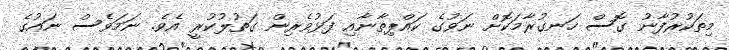
މިތަކުރުފާނު ގޮސް ހަނގުރާމަކޮށް ނަވުގެ ކައްޕިތާނާއި ފަޅުވެރިން ގަތުލުކުރީ އެވެ. ނަމަވެސް ނައުގެ